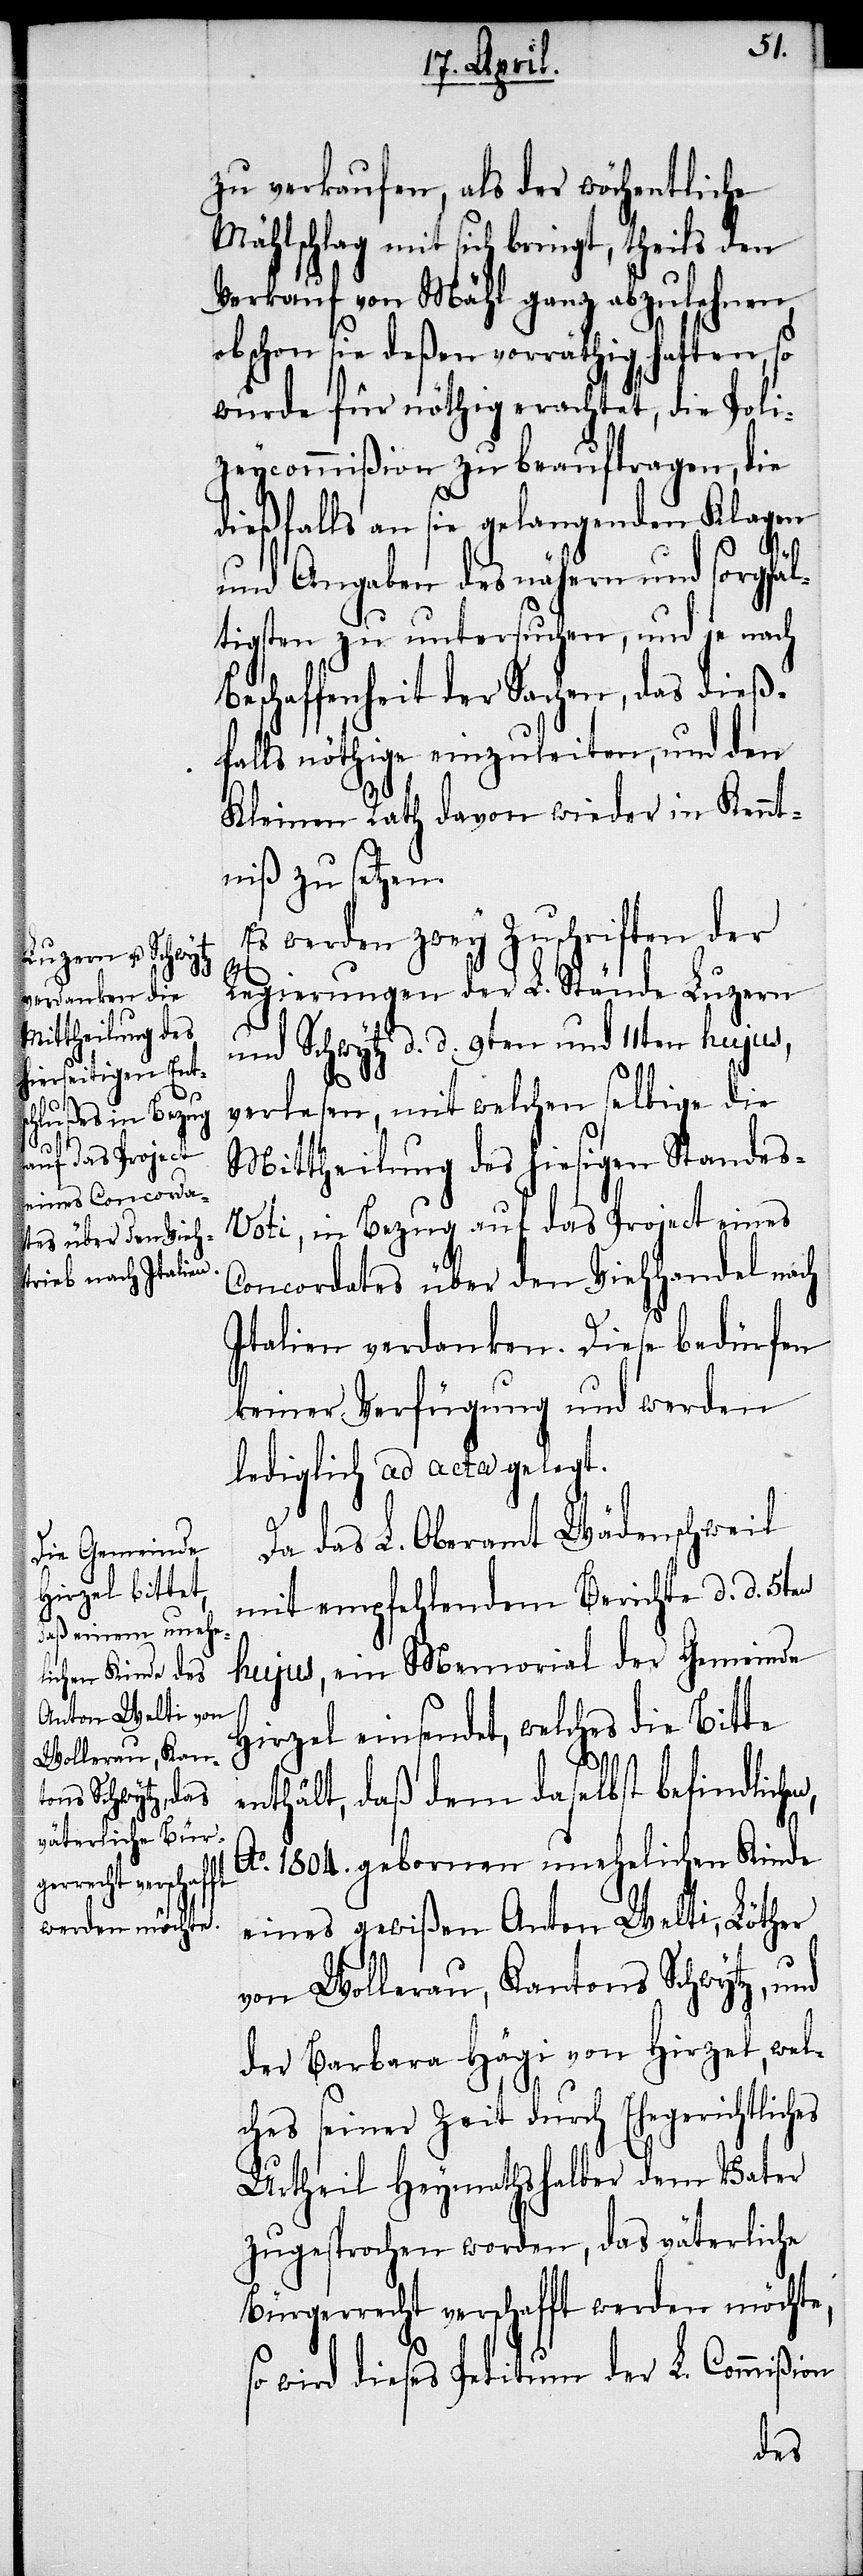
zu verkaufen, als der wöchentliche
Mählschlag mit sich bringt, theils den
Verkauf von Mähl ganz abzulehnen,
obschon sie deßen vorräthig hatten, so
wurde für nöthig erachtet, die Poli¬
zeycommißion zu beauftragen, die
dießfalls an sie gelangenden Klagen
hes
und Angaben des nähern und sorgfäl¬
tigsten zu untersuchen, und je nach
Beschaffenheit der Sachen, das dieß¬
falls nöthige einzuleiten, und den
Kleinen Rath davon wieder in Kennt¬
niß zu setzen.
Es werden zwey Zuschriften der
Regierungen der L. Stände Luzern
und Schwytz d. d. 9ten und 11ten hujus,
verlesen, mit welchen selbige die
Mittheilung des hiesigen Standes-V¬
oti, in Bezug auf das Project eines
Concordates über den Viehhandel nach
Italien verdanken. Diese bedürfen
keiner Verfügung und werden
lediglich ad acta gelegt.
Da das L. Oberamt Wädenschweil
mit empfehlendem Berichte d. d. 5ten
hujus, ein Memorial der Gemeinde
Hirzel einsendet, welches die Bitte
enthält, daß dem daselbst befindliche¬
Ao. 1804. gebornen unehelichen Kinde
eines gewißen Anton Welti, Löther
von Wollerau, Kantons Schwytz, und
der Barbara Hägi von Hirzel, welc¬
hes seiner Zeit durch Ehegerichtlic¬
Urtheil Heymathshalber dem Vater
zugesprochen worden, das väterliche
Bürgerrecht verschafft werden möchte,
so wird dieses Petitum der L. Commißion